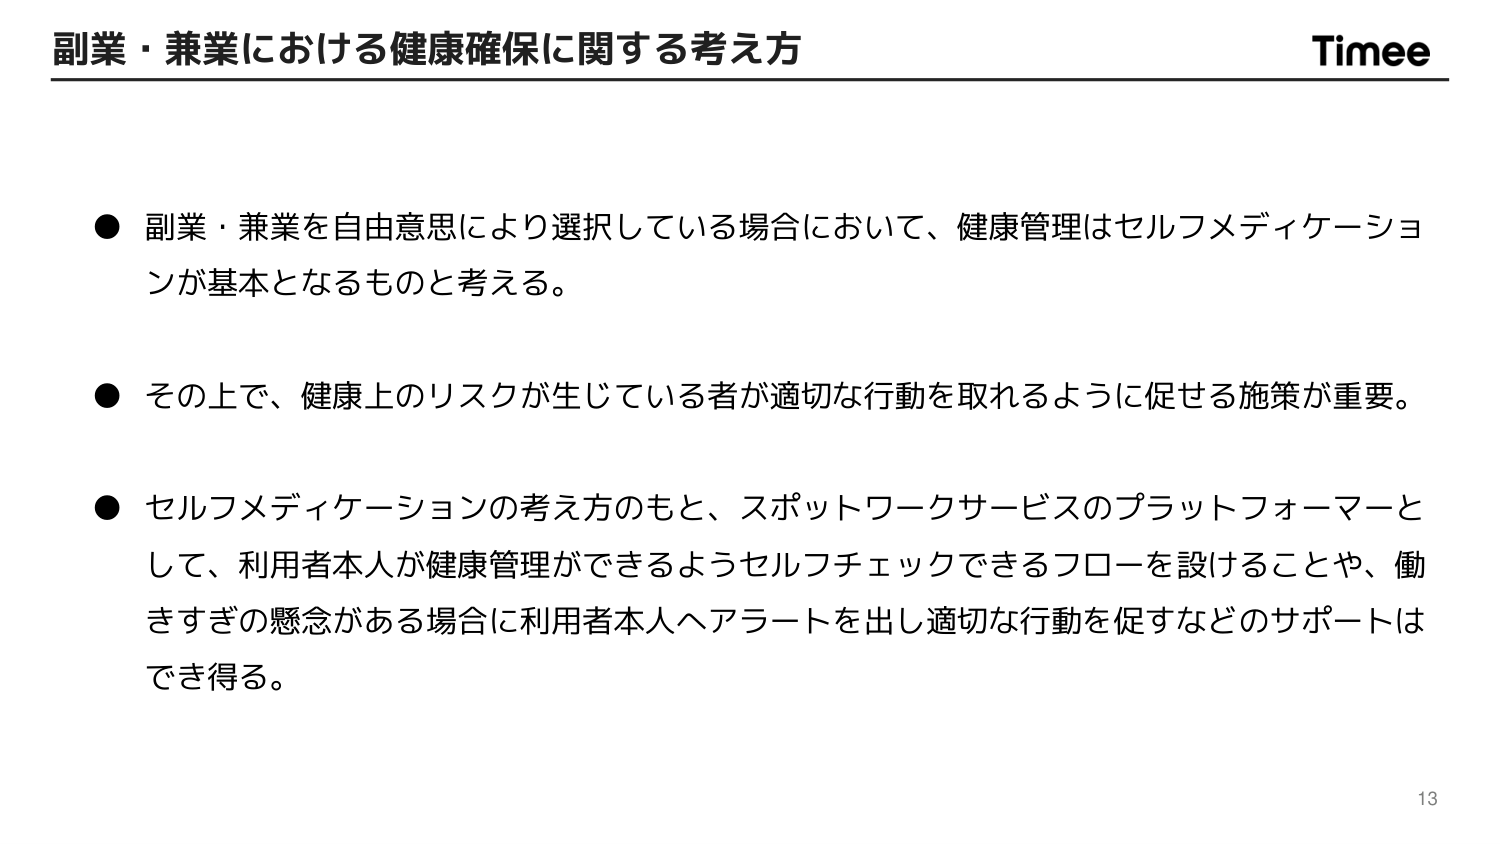
副業・兼業における健康確保に関する考え方

Timee

● 副業・兼業を自由意思により選択している場合において、健康管理はセルフメディケーションが基本となるものと考える。

● その上で、健康上のリスクが生じている者が適切な行動を取れるように促せる施策が重要。

● セルフメディケーションの考え方のもと、スポットワークサービスのプラットフォーマーとして、利用者本人が健康管理ができるようセルフチェックできるフローを設けることや、働きすぎの懸念がある場合に利用者本人へアラートを出し適切な行動を促すなどのサポートはでき得る。

13